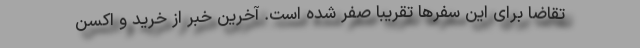
تقاضا برای این سفرها تقریبا صفر شده است. آخرین خبر از خرید و اکسن